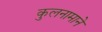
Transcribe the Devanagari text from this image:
कुलनामाने